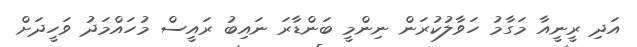
އަދި ރީނީއާ މަގާމު ހަވާލުކުރަން ނިންމީ ބަންޑާރަ ނައިބު ރައީސް މުހައްމަދު ވަހީދަށް